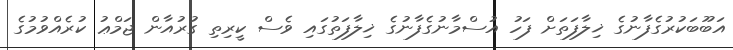
އަބޫބަކުރުގެފާނުގެ ޚިލާފަތަށް ފަހު އުސްމާނުގެފާނުގެ ޚިލާފަތުގައި ވެސް ކީރިތި ގުރުއާން ޖަމްޢު ކުރެއްވުމުގެ